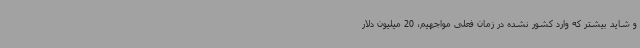
و شاید بیشتر که وارد کشور نشده در زمان فعلی مواجهیم، 20 میلیون دلار